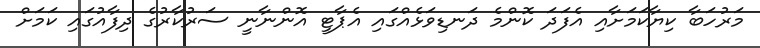
މަރުހަބާ ކިޔާކަމަށާއި އެފަދަ ކޮންމެ ދަނޑިވަޅެއްގައި އެޕާޓީ އޮންނާނީ ސަރުކާރުގެ ދިފާއުގައި ކަމަށް